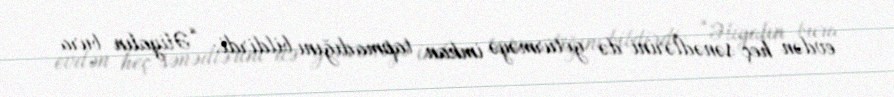
evdən heç sənədlərini də götürməyə imkan tapmadığını bildirdi: “Əliyalın bura